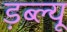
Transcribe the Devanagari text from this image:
ड़ब्ल्यू